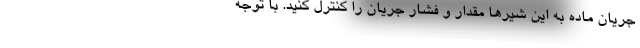
جریان ماده به این شیرها مقدار و فشار جریان را کنترل کنید. با توجه